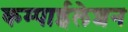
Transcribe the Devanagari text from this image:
कम्पाईलेशन